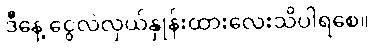
ဒီနေ့ ငွေလဲလှယ်နှုန်းထားလေးသိပါရစေ။